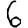
Digit: 6